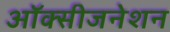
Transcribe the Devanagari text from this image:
ऑक्सीजनेशन